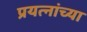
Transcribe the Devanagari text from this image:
प्रयत्नांच्या